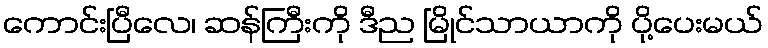
ကောင်းပြီလေ၊ ဆန်ကြီးကို ဒီည မြိုင်သာယာကို ပို့ပေးမယ်